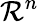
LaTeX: {\cal R}^{n}